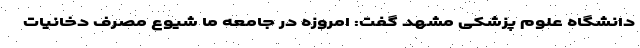
دانشگاه علوم پزشکی مشهد گفت: امروزه در جامعه ما شیوع مصرف دخانیات